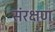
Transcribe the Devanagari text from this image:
संरक्षण